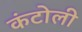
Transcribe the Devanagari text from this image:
कंटोली